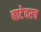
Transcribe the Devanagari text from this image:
बाटेवरच